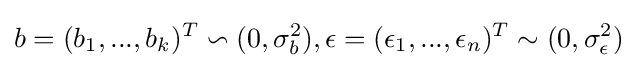
b=(b_{1},...,b_{k})^{T}\backsim (0,\sigma _{b}^{2}),\epsilon =(\epsilon _{1},...,\epsilon _{n})^{T}\sim (0,\sigma _{\epsilon }^{2})